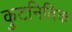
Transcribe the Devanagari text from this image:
कुटनितिक